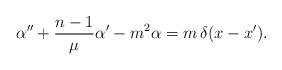
LaTeX: \begin{align*} \alpha''+\frac{n-1}\mu \alpha' -m^2\alpha = m\, \delta(x-x').\end{align*}